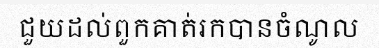
ជួយដល់ពួកគាត់រកបានចំណូល